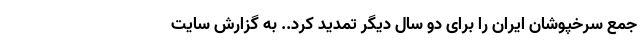
جمع سرخپوشان ایران را برای دو سال دیگر تمدید کرد.. به گزارش سایت